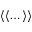
\langle \langle \dots \rangle \rangle